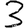
Digit: 3